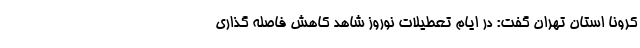
کرونا استان تهران گفت: در ایام تعطیلات نوروز شاهد کاهش فاصله گذاری